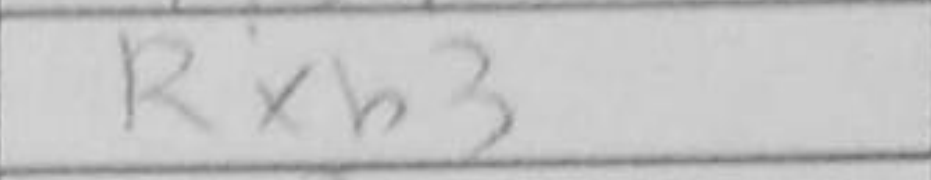
Transcription: Rxb3